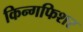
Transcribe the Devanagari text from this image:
किन्गफिशर